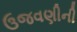
ઉજવણીની